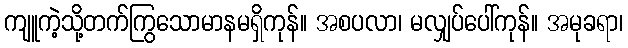
ကျူကဲ့သို့တက်ကြွသောမာနမရှိကုန်။ အစပလာ၊ မလျှပ်ပေါ်ကုန်။ အမုခရာ၊